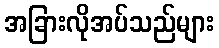
အခြားလိုအပ်သည်များ